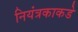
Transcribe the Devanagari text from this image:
नियंत्रकाकडे